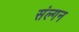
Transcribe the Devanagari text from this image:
संल्गन